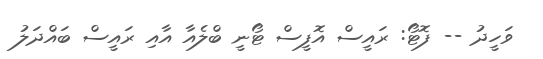
ވަހީދު -- ފޮޓޯ: ރައީސް އޮފީސް ޓޯނީ ބްލެއާ އާއި ރައީސް ބައްދަލު